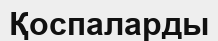
Қоспаларды